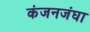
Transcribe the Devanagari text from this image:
कंजनजंघा